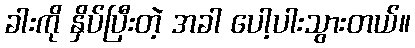
ခါးကို နှိပ်ပြီးတဲ့ အခါ ပေါ့ပါးသွားတယ်။